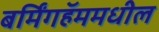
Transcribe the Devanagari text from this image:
बर्मिंगहॅममधील